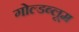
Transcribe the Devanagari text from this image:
गोल्डब्लूम